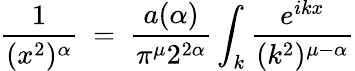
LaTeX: \frac{1}{(x^{2})^{\alpha}}~=~\frac{a(\alpha)}{\pi^{\mu}2^{2\alpha}}\int_{k}\frac{e^{ikx}}{(k^{2})^{\mu-\alpha}}